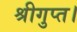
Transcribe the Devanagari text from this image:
श्रीगुप्त।